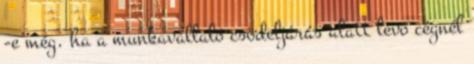
-e még. ha a munkavállaló csödeljárás alatt levö cégnél